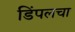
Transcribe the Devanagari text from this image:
डिंपलचा